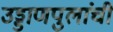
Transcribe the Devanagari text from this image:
उड्डाणपुलांची